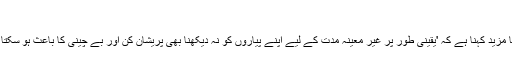
'
ان کا مزید کہنا ہے کہ 'یقینی طور پر غیر معینہ مدت کے لیے اپنے پیاروں کو نہ دیکھنا بھی پریشان کن اور بے چینی کا باعث ہو سکتا ہے۔